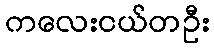
ကလေးငယ်တဦး